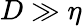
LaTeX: D\gg\eta